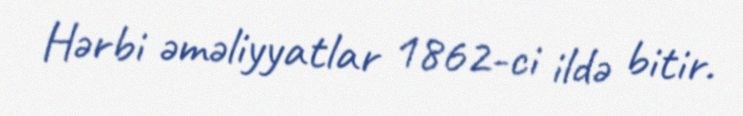
Hərbi əməliyyatlar 1862-ci ildə bitir.